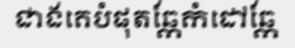
ជាងគេបំផុតឆ្កែកំដៅឆ្កែ